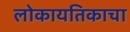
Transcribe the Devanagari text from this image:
लोकायतिकाचा